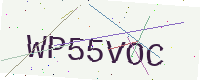
Text: WP55VOC